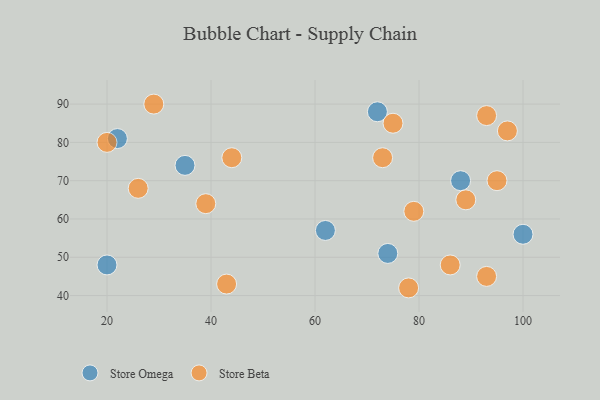
{"axis": {"x": "GDP", "y": "Life Expectancy"}, "legend": ["Store Beta", "Store Omega"], "data": [{"x": "22", "y": 81, "type": "Store Omega"}, {"x": "62", "y": 57, "type": "Store Omega"}, {"x": "74", "y": 51, "type": "Store Omega"}, {"x": "100", "y": 56, "type": "Store Omega"}, {"x": "72", "y": 88, "type": "Store Omega"}, {"x": "20", "y": 48, "type": "Store Omega"}, {"x": "88", "y": 70, "type": "Store Omega"}, {"x": "35", "y": 74, "type": "Store Omega"}, {"x": "29", "y": 90, "type": "Store Beta"}, {"x": "89", "y": 65, "type": "Store Beta"}, {"x": "20", "y": 80, "type": "Store Beta"}, {"x": "44", "y": 76, "type": "Store Beta"}, {"x": "97", "y": 83, "type": "Store Beta"}, {"x": "39", "y": 64, "type": "Store Beta"}, {"x": "79", "y": 62, "type": "Store Beta"}, {"x": "86", "y": 48, "type": "Store Beta"}, {"x": "93", "y": 87, "type": "Store Beta"}, {"x": "78", "y": 42, "type": "Store Beta"}, {"x": "75", "y": 85, "type": "Store Beta"}, {"x": "43", "y": 43, "type": "Store Beta"}, {"x": "26", "y": 68, "type": "Store Beta"}, {"x": "95", "y": 70, "type": "Store Beta"}, {"x": "93", "y": 45, "type": "Store Beta"}, {"x": "73", "y": 76, "type": "Store Beta"}]}